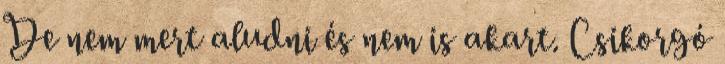
De nem mert aludni és nem is akart. Csikorgó